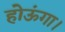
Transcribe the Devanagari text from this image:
होऊंगा।